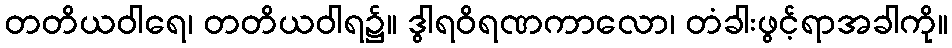
တတိယဝါရေ၊ တတိယဝါရ၌။ ဒွါရဝိရဏကာလော၊ တံခါးဖွင့်ရာအခါကို။